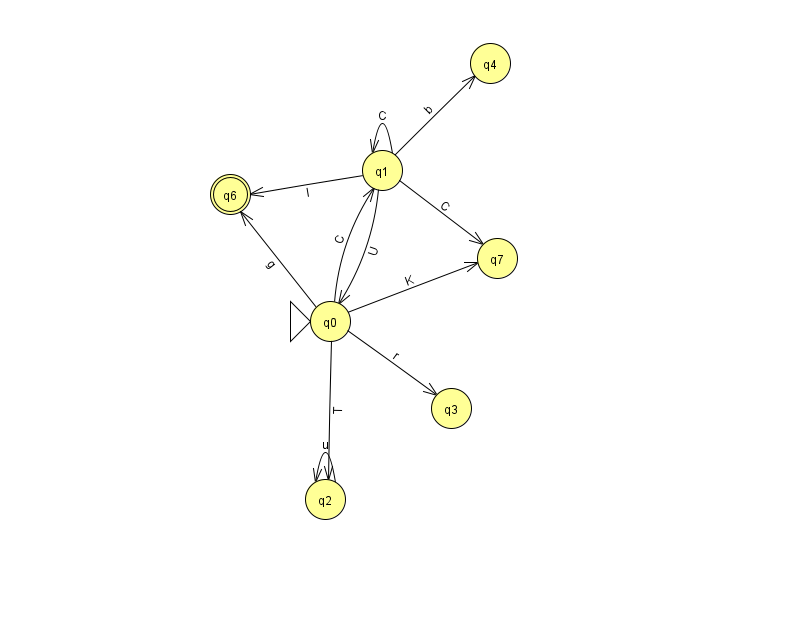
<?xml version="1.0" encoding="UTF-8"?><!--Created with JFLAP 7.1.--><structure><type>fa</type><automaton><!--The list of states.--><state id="0" name="q0"><x>330.0</x><y>308.0</y><initial/></state><state id="1" name="q1"><x>382.0</x><y>157.0</y></state><state id="2" name="q2"><x>325.0</x><y>486.0</y></state><state id="3" name="q3"><x>451.0</x><y>395.0</y></state><state id="4" name="q4"><x>490.0</x><y>50.0</y></state><state id="6" name="q6"><x>230.0</x><y>181.0</y><final/></state><state id="7" name="q7"><x>497.0</x><y>245.0</y></state><!--The list of transitions.--><transition><from>0</from><to>3</to><read>r</read></transition><transition><from>1</from><to>1</to><read>C</read></transition><transition><from>0</from><to>7</to><read>K</read></transition><transition><from>1</from><to>7</to><read>C</read></transition><transition><from>2</from><to>2</to><read>u</read></transition><transition><from>1</from><to>4</to><read>b</read></transition><transition><from>1</from><to>6</to><read>I</read></transition><transition><from>0</from><to>1</to><read>C</read></transition><transition><from>0</from><to>2</to><read>T</read></transition><transition><from>1</from><to>0</to><read>U</read></transition><transition><from>0</from><to>6</to><read>g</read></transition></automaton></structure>